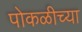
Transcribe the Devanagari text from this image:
पोकळीच्‍या